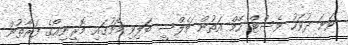
ވަަނަ ދުވަހު ވެސްޓް ހޭމް އަތުން ޗެލްސީ ބަލިވި މެޗުގައި މޮރީނިއޯގެ ފަރާތުން